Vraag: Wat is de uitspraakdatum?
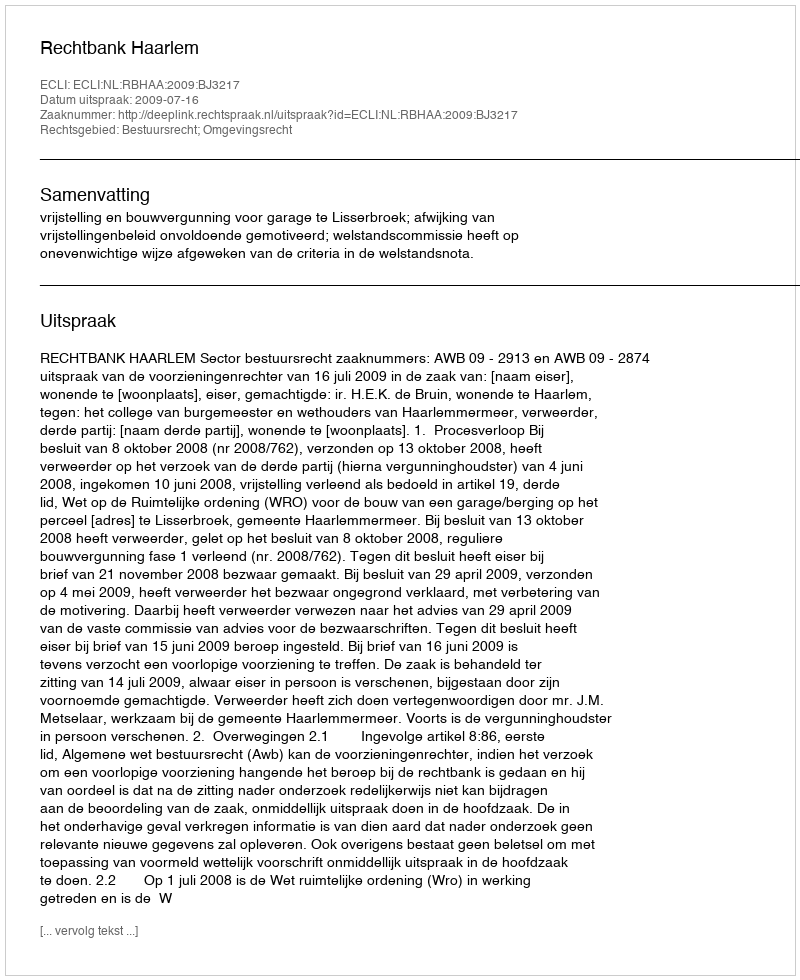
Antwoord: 2009-07-16